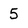
Character: 5